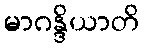
မာဂန္ဒိယာတိ